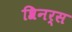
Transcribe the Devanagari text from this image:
श्रिनर्स